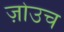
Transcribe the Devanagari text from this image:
ज़ोउच